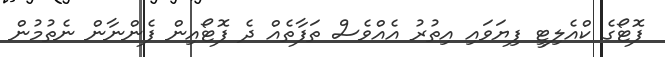
ފޮޓޯގެ ކްއެލިޓީ ފިޔަވައި އިތުރު އެއްވެސް ތަފާތެއް ދެ ފޮޓޯއިން ފެންނާން ނެތުމުން